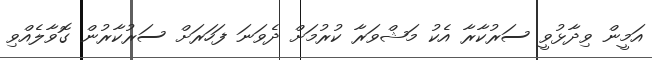
އަމީން ވިދާޅުވީ ސަރުކާރާ އެކު މަޝްވަރާ ކުރުމަށް ދެވަނަ ފަހަރަށް ސަރުކާރުން ގޮވާލެއްވި